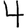
Digit: 4